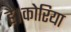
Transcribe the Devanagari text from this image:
है।कोरिया